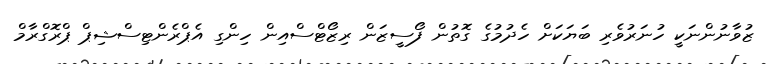
ޒުވާނުންނަކީ ހުނަރުވެރި ބަޔަކަށް ހެދުމުގެ ގޮތުން ފޯސީޒަން ރިޒޯޓްސްއިން ހިންގި އެޕްރެންޓިސްޝިޕް ޕްރޮގްރާމް